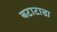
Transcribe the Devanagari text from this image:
बटाटाडा